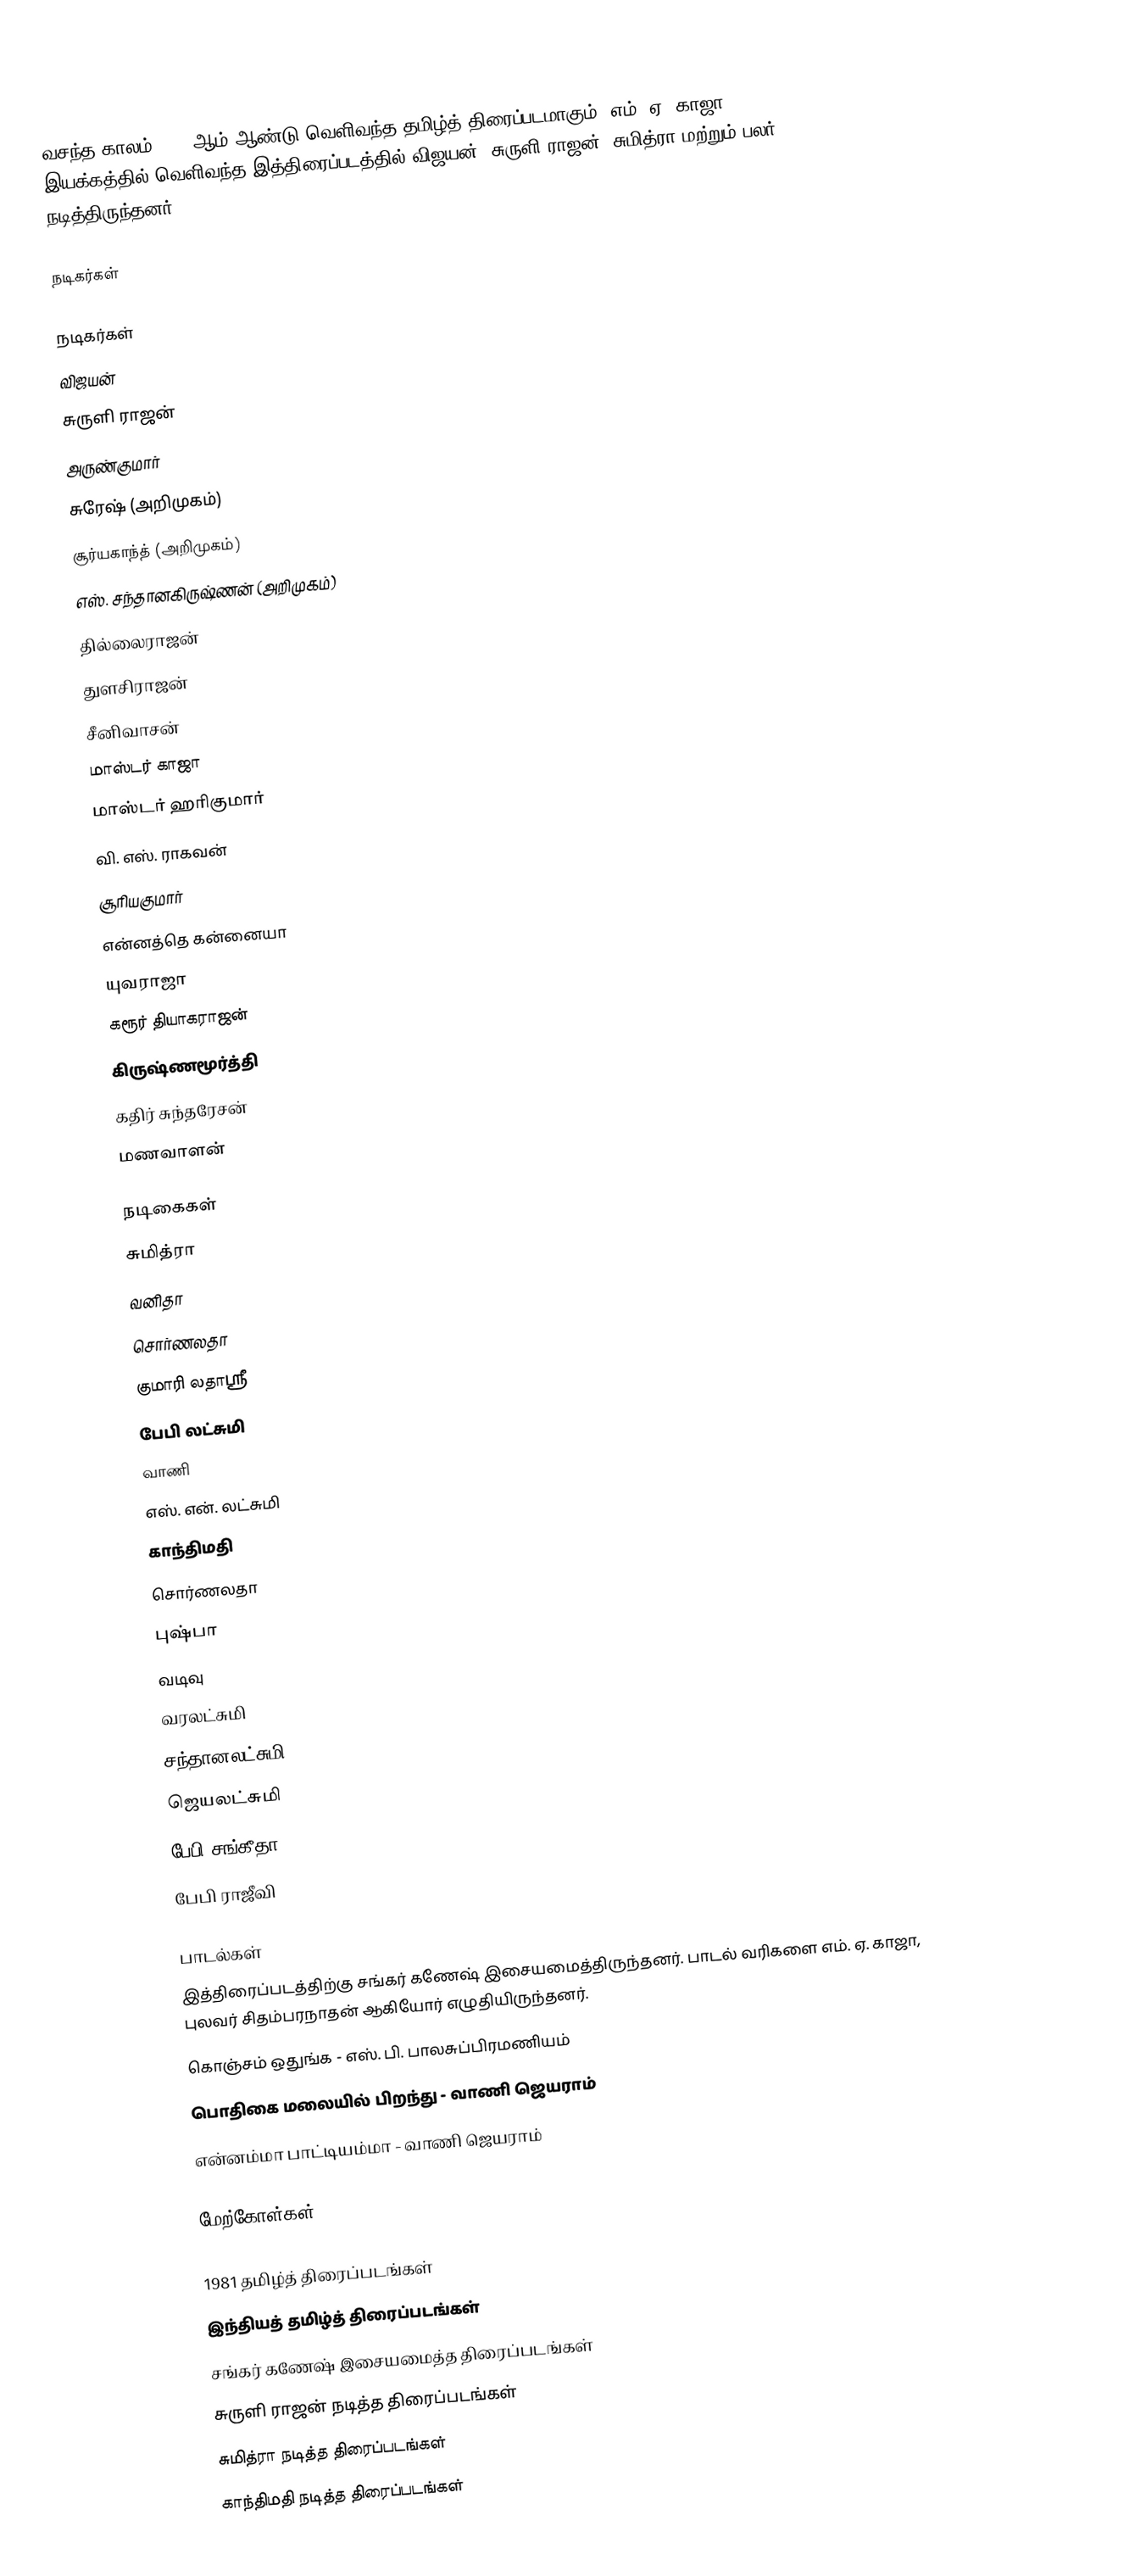
வசந்த காலம் 1981 ஆம் ஆண்டு வெளிவந்த தமிழ்த் திரைப்படமாகும். எம். ஏ. காஜா இயக்கத்தில் வெளிவந்த இத்திரைப்படத்தில் விஜயன், சுருளி ராஜன், சுமித்ரா மற்றும் பலர் நடித்திருந்தனர்.

நடிகர்கள்

நடிகர்கள்
 விஜயன்
 சுருளி ராஜன்
 அருண்குமார்
 சுரேஷ் (அறிமுகம்)
 சூர்யகாந்த் (அறிமுகம்)
 எஸ். சந்தானகிருஷ்ணன் (அறிமுகம்)
 தில்லைராஜன்
 துளசிராஜன்
 சீனிவாசன்
 மாஸ்டர் காஜா
 மாஸ்டர் ஹரிகுமார்
 வி. எஸ். ராகவன்
 சூரியகுமார்
 என்னத்தெ கன்னையா
 யுவராஜா
 கரூர் தியாகராஜன்
 கிருஷ்ணமூர்த்தி
 கதிர் சுந்தரேசன்
 மணவாளன்

நடிகைகள்
 சுமித்ரா
 வனிதா
 சொர்ணலதா
 குமாரி லதாஸ்ரீ
 பேபி லட்சுமி
 வாணி
 எஸ். என். லட்சுமி
 காந்திமதி
 சொர்ணலதா
 புஷ்பா
 வடிவு
 வரலட்சுமி
 சந்தானலட்சுமி
 ஜெயலட்சுமி
 பேபி சங்கீதா
 பேபி ராஜீவி

பாடல்கள்
இத்திரைப்படத்திற்கு சங்கர் கணேஷ் இசையமைத்திருந்தனர். பாடல் வரிகளை எம். ஏ. காஜா, புலவர் சிதம்பரநாதன் ஆகியோர் எழுதியிருந்தனர்.
 கொஞ்சம் ஒதுங்க - எஸ். பி. பாலசுப்பிரமணியம்
 பொதிகை மலையில் பிறந்து - வாணி ஜெயராம்
 என்னம்மா பாட்டியம்மா - வாணி ஜெயராம்

மேற்கோள்கள்

1981 தமிழ்த் திரைப்படங்கள்
இந்தியத் தமிழ்த் திரைப்படங்கள்
சங்கர் கணேஷ் இசையமைத்த திரைப்படங்கள்
சுருளி ராஜன் நடித்த திரைப்படங்கள்
சுமித்ரா நடித்த திரைப்படங்கள்
காந்திமதி நடித்த திரைப்படங்கள்